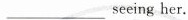
___seeing her.